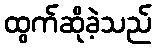
ထွက်ဆိုခဲ့သည်